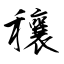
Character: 穰